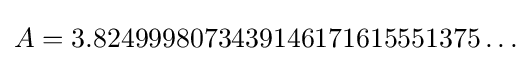
A=3.8249998073439146171615551375\ldots